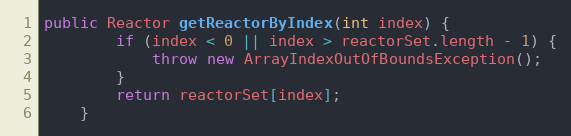
Language: Java
public Reactor getReactorByIndex(int index) {
		if (index < 0 || index > reactorSet.length - 1) {
			throw new ArrayIndexOutOfBoundsException();
		}
		return reactorSet[index];
	}